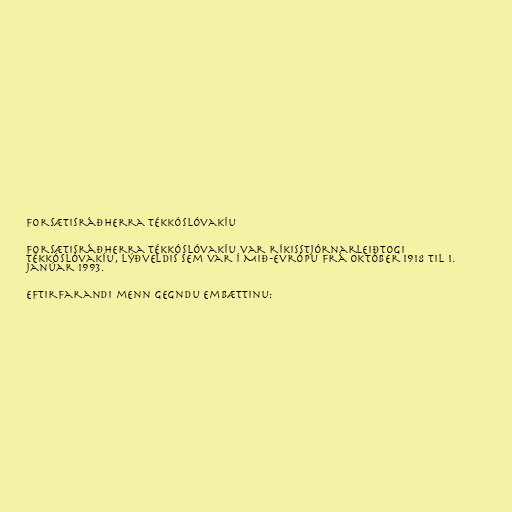
Forsætisráðherra Tékkóslóvakíu

Forsætisráðherra Tékkóslóvakíu var ríkisstjórnarleiðtogi
Tékkóslóvakíu, lýðveldis sem var í Mið-Evrópu frá október 1918 til 1.
janúar 1993.

Eftirfarandi menn gegndu embættinu: